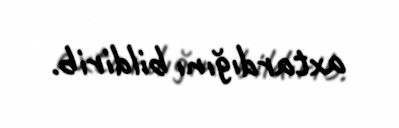
axtardığını bildirib.